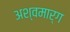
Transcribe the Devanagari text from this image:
अश्वमार्ग